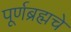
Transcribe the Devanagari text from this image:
पूर्णब्रह्मचे